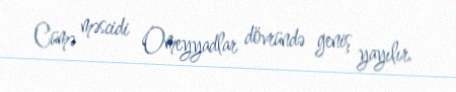
Cümə məscidi Omeyyadlar dövründə geniş yayılır.